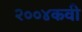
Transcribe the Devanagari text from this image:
२००४कवी